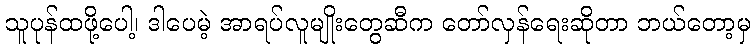
သူပုန်ထဖို့ပေါ့၊ ဒါပေမဲ့ အာရပ်လူမျိုးတွေဆီက တော်လှန်ရေးဆိုတာ ဘယ်တော့မှ